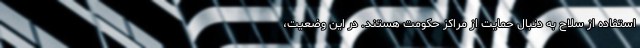
استفاده از سلاح به دنبال حمایت از مراکز حکومت هستند. در این وضعیت،